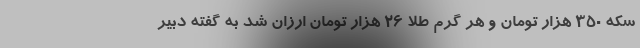
سکه ۳۵۰ هزار تومان و هر گرم طلا ۲۶ هزار تومان ارزان شد به گفته دبیر